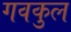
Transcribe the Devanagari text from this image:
गवकुल